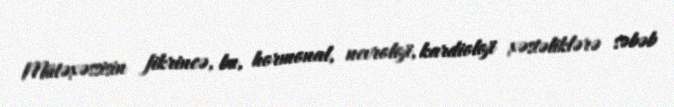
Mütəxəssisin fikrincə, bu, hormonal, nevroloji, kardioloji xəstəliklərə səbəb